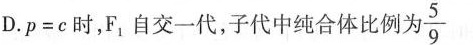
D.p=c时，F，自交一代，子代中纯合体比例为5\frac{5}{9}